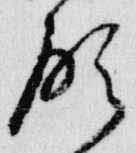
願